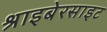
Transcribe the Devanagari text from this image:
श्राइबेरसाइट